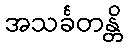
အသင်္ခတန္တိ